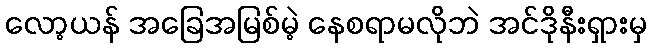
လော့ယန် အခြေအမြစ်မဲ့ နေစရာမလိုဘဲ အင်ဒိုနီးရှားမှ